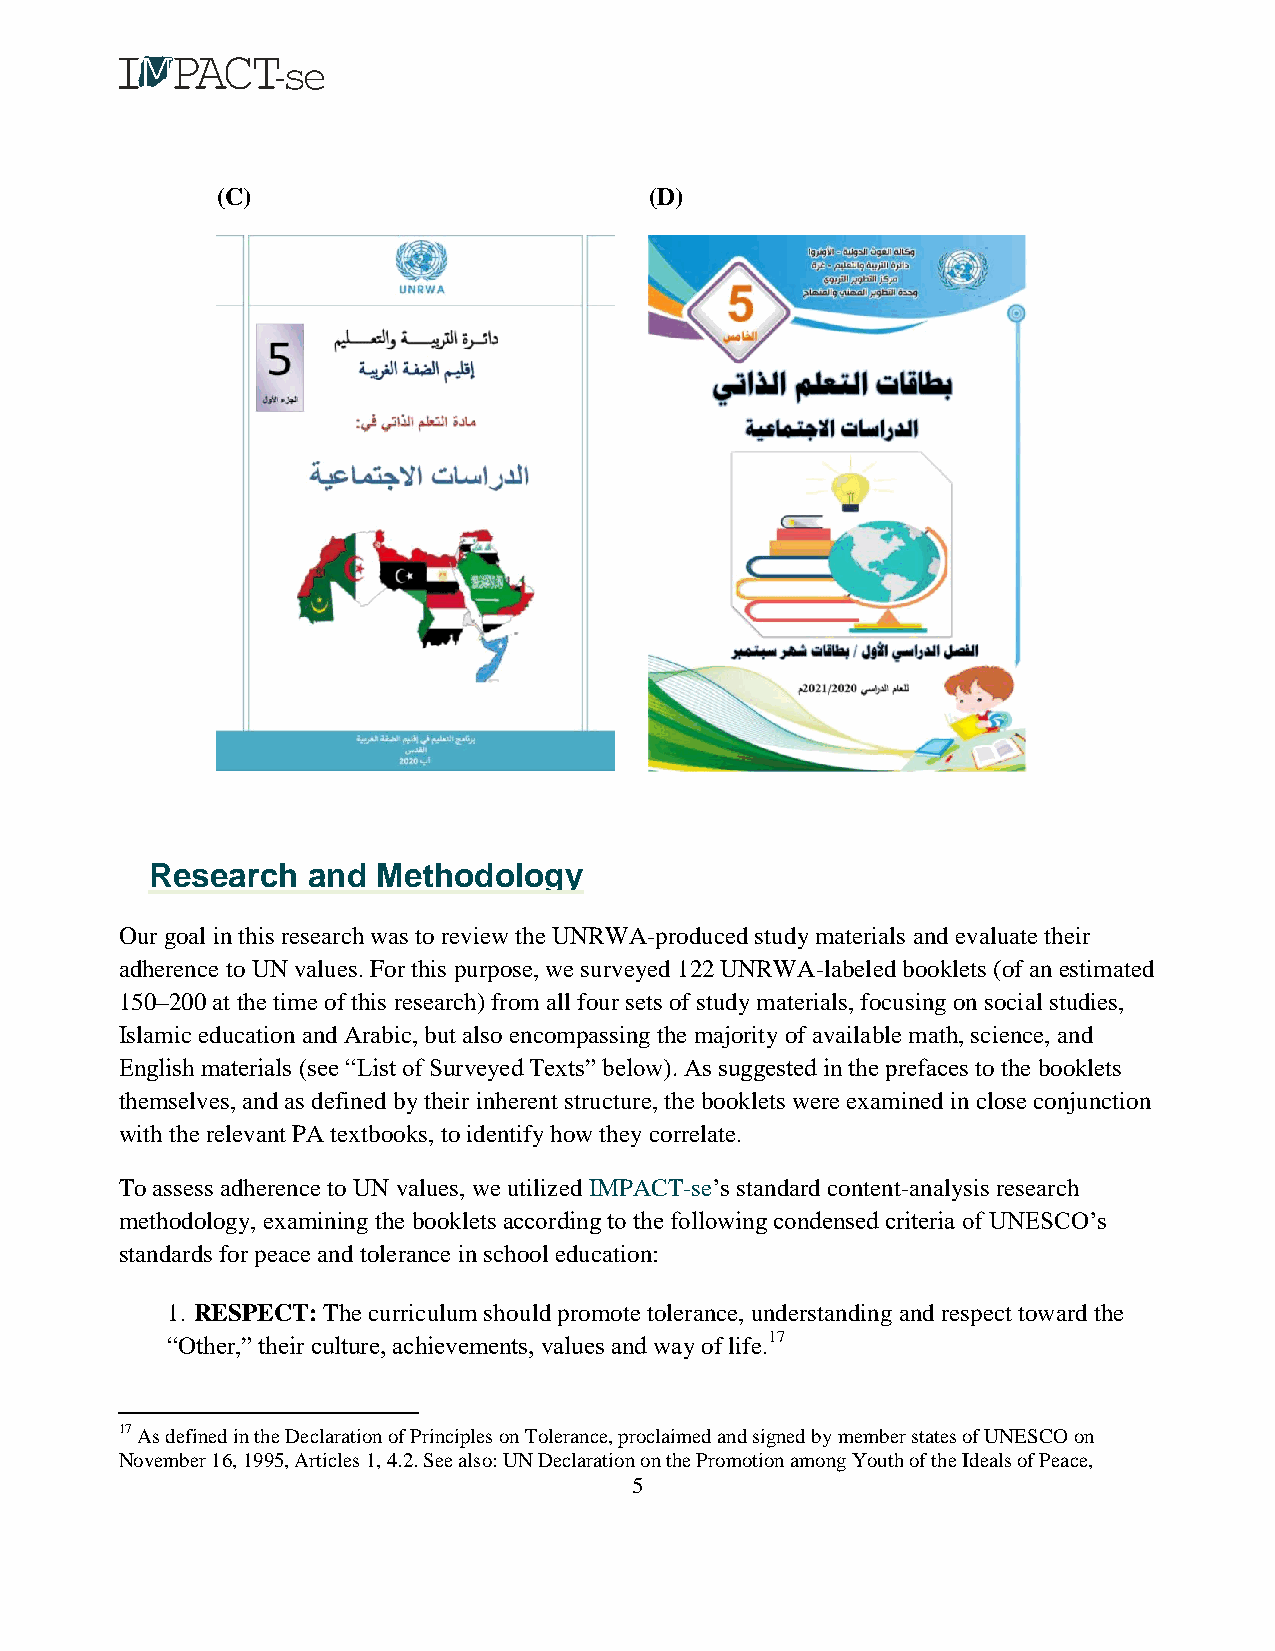
(C)                          (D)
 Research  and  Methodology
 Our goal in this research was to review the UNRWA-produced study materials and evaluate their
 adherence to UN values. For this purpose, we surveyed 122 UNRWA-labeled booklets (of an estimated
 150–200 at the time of this research) from all four sets of study materials, focusing on social studies,
 Islamic education and Arabic, but also encompassing the majority of available math, science, and
 English materials (see “List of Surveyed Texts” below). As suggested in the prefaces to the booklets
 themselves, and as defined by their inherent structure, the booklets were examined in close conjunction
 with the relevant PA textbooks, to identify how they correlate.
 To assess adherence to UN values, we utilized IMPACT-se’s standard content-analysis research
 methodology, examining the booklets according to the following condensed criteria of UNESCO’s
 standards for peace and tolerance in school education:
 1. RESPECT: The curriculum should promote tolerance, understanding and respect toward the
 “Other,” their culture, achievements, values and way of life.17
 17 As defined in the Declaration of Principles on Tolerance, proclaimed and signed by member states of UNESCO on
 November 16, 1995, Articles 1, 4.2. See also: UN Declaration on the Promotion among Youth of the Ideals of Peace,
 5